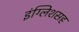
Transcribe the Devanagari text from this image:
इंग्लिशसह